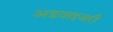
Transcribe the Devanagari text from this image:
अडवाइजरी